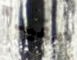
مفيدا